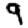
Digit: 9